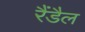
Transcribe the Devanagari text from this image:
रैंडैल